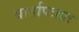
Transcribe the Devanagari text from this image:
वार्तापत्रात